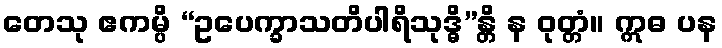
တေသု ဧကမ္ပိ “ဥပေက္ခာသတိပါရိသုဒ္ဓိ”န္တိ န ဝုတ္တံ။ ဣဓ ပန